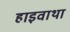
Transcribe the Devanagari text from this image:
हाइवाथा